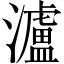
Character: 瀘